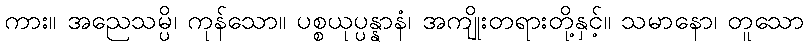
ကား။ အညေသမ္ပိ၊ ကုန်သော။ ပစ္စယုပ္ပန္နာနံ၊ အကျိုးတရားတို့နှင့်။ သမာနော၊ တူသော